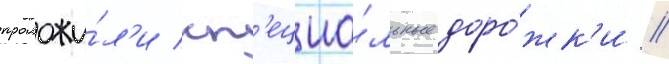
проложи́л'и сп'ециа́льные доро́жк'и //